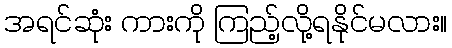
အရင်ဆုံး ကားကို ကြည့်လို့ရနိုင်မလား။